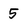
Character: 5